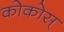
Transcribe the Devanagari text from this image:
कोकोस्